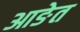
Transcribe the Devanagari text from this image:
आङेत